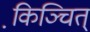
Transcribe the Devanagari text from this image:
कि़ञ्चित्